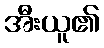
အီးယူ၏